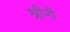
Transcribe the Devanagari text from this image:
श्रीनी